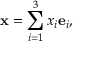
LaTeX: \ \mathbf { x } = \sum _ { i = 1 } ^ { 3 } x _ { i } \mathbf { e } _ { i } ,